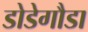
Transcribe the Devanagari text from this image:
डोडेगौडा